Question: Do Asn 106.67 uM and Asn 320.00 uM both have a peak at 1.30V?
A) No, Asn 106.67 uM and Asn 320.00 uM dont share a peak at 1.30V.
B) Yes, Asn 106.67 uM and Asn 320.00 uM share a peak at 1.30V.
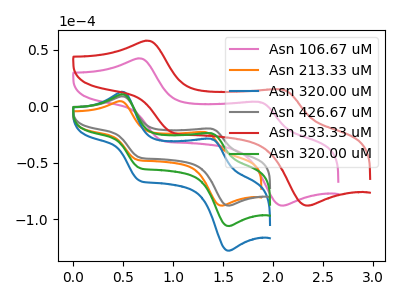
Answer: <think>The pink curve "Asn 106.67 uM" has anodic peaks at (0.65V, 42.35uA) (1.85V, 3.90uA) and cathodic peaks at (0.90V, -30.40uA) (2.10V, -88.00uA). The orange curve "Asn 213.33 uM" has anodic peaks at (0.45V, 4.50uA) (1.30V, -22.80uA) and cathodic peaks at (0.65V, -47.15uA) (1.50V, -88.05uA). The blue curve "Asn 320.00 uM" has anodic peaks at (0.50V, 21.10uA) (1.40V, -47.70uA) and cathodic peaks at (0.65V, -109.10uA) (1.55V, -212.25uA). The gray curve "Asn 426.67 uM" has anodic peaks at (0.50V, 8.75uA) (1.40V, -19.80uA) and cathodic peaks at (0.65V, -45.25uA) (1.55V, -88.00uA). The red curve "Asn 533.33 uM" has anodic peaks at (0.70V, 58.00uA) (2.10V, 14.95uA) and cathodic peaks at (1.00V, -23.50uA) (2.35V, -88.00uA). The green curve "Asn 320.00 uM" has anodic peaks at (0.50V, 10.55uA) (1.40V, -23.85uA) and cathodic peaks at (0.65V, -54.55uA) (1.55V, -106.10uA).</think>
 <answer>A) No, "Asn 106.67 uM" and "Asn 320.00 uM" dont share a peak at 1.30V.</answer>
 <eval>A</eval>